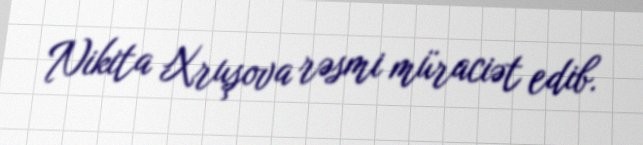
Nikita Xruşova rəsmi müraciət edib.